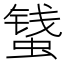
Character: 𱿾